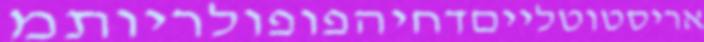
אריסטוטלייםדחיהפופולריותמ